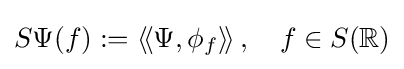
S\Psi (f):=\left\langle \!\left\langle \Psi ,\phi _{f}\right\rangle \!\right\rangle ,\quad f\in S(\mathbb {R} )